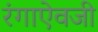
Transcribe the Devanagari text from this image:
रंगाऐवजी